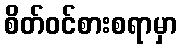
စိတ်ဝင်စားစရာမှာ